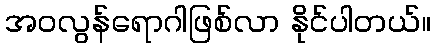
အဝလွန်ရောဂါဖြစ်လာ နိုင်ပါတယ်။